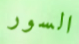
السور